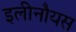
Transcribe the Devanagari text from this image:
इलीनौयस